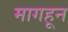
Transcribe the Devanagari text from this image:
मागहून